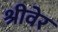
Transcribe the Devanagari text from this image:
श्रीवेर